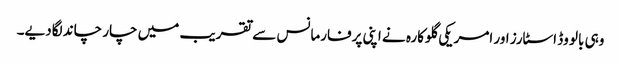
وہی بالو وڈ اسٹارز اور امریکی گلوکارہ نے اپنی پرفارمانس سے تقریب میں چار چاند لگادیے۔